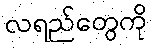
လရည်တွေကို